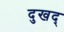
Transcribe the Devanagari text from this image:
दुखद्